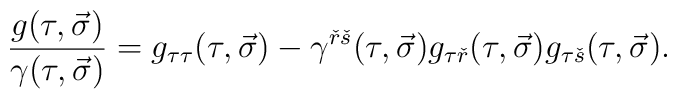
{{g(\tau ,\vec \sigma )}\over {\gamma (\tau ,\vec \sigma )}}=g_{\tau\tau}(\tau ,\vec \sigma )-\gamma^{{\check r}{\check s}}(\tau ,\vec \sigma )g_{\tau {\check r}}(\tau ,\vec \sigma )g_{\tau {\check s}}(\tau ,\vec \sigma ).